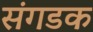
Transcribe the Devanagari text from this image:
संगडक